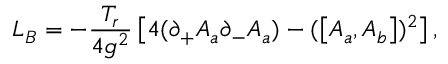
L _ { B } = - \frac { T _ { r } } { 4 g ^ { 2 } } \left[ 4 ( \partial _ { + } A _ { a } \partial _ { - } A _ { a } ) - ( \left[ A _ { a } , A _ { b } \right] ) ^ { 2 } \right] ,